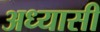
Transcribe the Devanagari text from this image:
अध्यासी